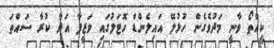
ކީއްތޯ ވާނީ މަދުވެގެން ހުޅުލޭ އައިލެންޑް ހޮޓަލުގައި ވަޒީފާ އަދާ ކުރާ ސައްތަ